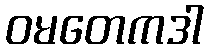
ဝမတေကဒါ